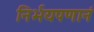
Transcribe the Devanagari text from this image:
निर्भयपणानं